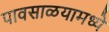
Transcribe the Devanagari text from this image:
पावसाळयामध्ये